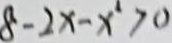
8 - 2 x - x ^ { 2 } > 0